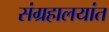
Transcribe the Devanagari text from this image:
संग्रहालयांत